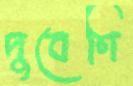
দুবেণি